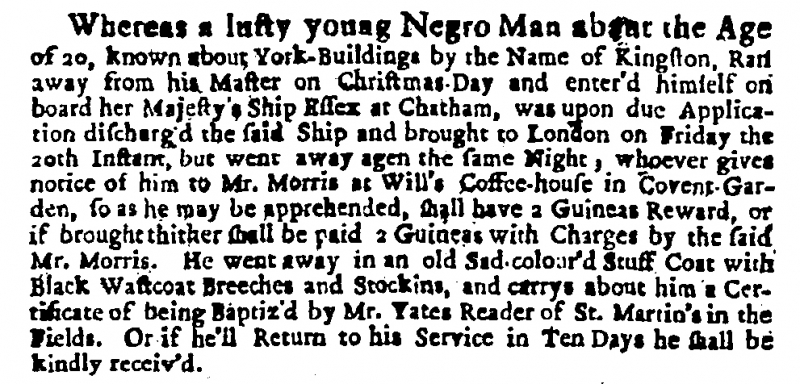
Daily Courant, 23 January 1710 (England)
Whereas a lusty young Negro Man about the age of 20, known about York-Buildings by the Name of Kingston, Ran away from his Master on Christmas Day and enter’d himself on Board her Majesty’s Ship Essex at Chatham, was upon due Application discharg’d the said Ship and brought to London on Friday the 20th Instant, but went away agen the same Night, whoever gives notice of him to Mr. Morris at Will’s Coffee-house in Covent-Garden, so as he may be apprehended, shall have a Guineas Reward, or if brought thither shall be paid 2 Guineas with Charges by the said Mr. Morris. He went away in an old Sad-colour’d Stuff Coat with Black Wastcoat Breeches and Stockins, and carrys about him a Certificate of being Baptiz’d by Mr. Yates Reader of St. Martin’s in the Fields. Or if he’ll Return to his Service in Ten Days he shall be kindly receiv’d.